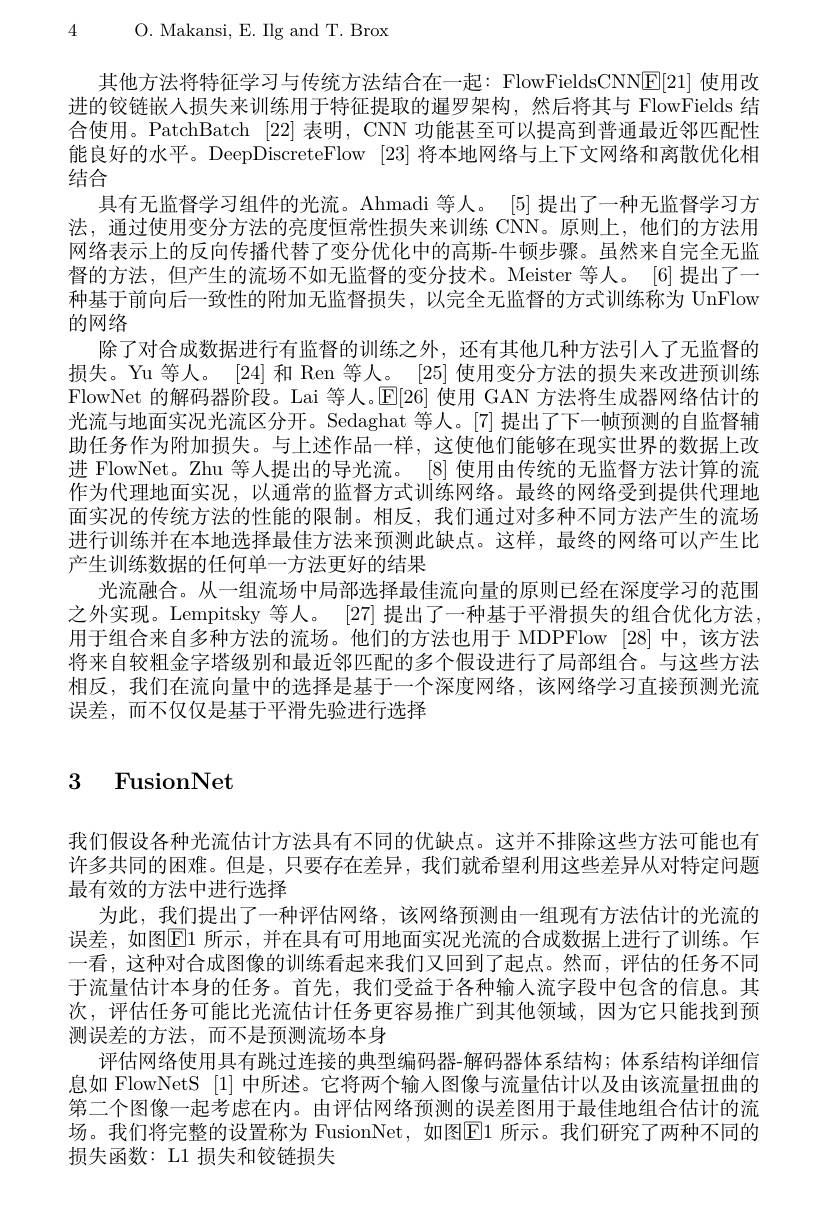
4 O. Makansi, E. Ilg and T. Brox

其他方法将特征学习与传统方法结合在一起：FlowFieldsCNNE[21] 使用改进的铰链嵌人损失来训练用于特征提取的暹罗架构，然后将其与 FlowFields 结合使用。PatchBatch [22] 表明，CNN 功能甚至可以提高到普通最近邻匹配性能良好的水平。DeepDiscreteFlow [23]将本地网络与上下文网络和离散优化相结合
具有无监督学习组件的光流。Ahmadi 等人。[5] 提出了一种无监督学习方法，通过使用变分方法的亮度恒常性损失来训练 CNN。原则上，他们的方法用网络表示上的反向传播代替了变分优化中的高斯-牛顿步骤。虽然来自完全无监督的方法，但产生的流场不如无监督的变分技术。Meister 等人。[6]提出了一种基于前向后一致性的附加无监督损失，以完全无监督的方式训练称为 UnFlow 的网络
除了对合成数据进行有监督的训练之外，还有其他几种方法引人了无监督的损失。Yu 等人。[24] 和 Ren 等人。[25] 使用变分方法的损失来改进预训练FlowNet 的解码器阶段。Lai 等人。E[26] 使用 GAN 方法将生成器网络估计的光流与地面实况光流区分开。Sedaghat 等人。[7] 提出了下一帧预测的自监督辅助任务作为附加损失。与上述作品一样，这使他们能够在现实世界的数据上改进 FlowNet。Zhu 等人提出的导光流。[8] 使用由传统的无监督方法计算的流作为代理地面实况，以通常的监督方式训练网络。最终的网络受到提供代理地面实况的传统方法的性能的限制。相反，我们通过对多种不同方法产生的流场进行训练并在本地选择最佳方法来预测此缺点。这样，最终的网络可以产生比产生训练数据的任何单一方法更好的结果
光流融合。从一组流场中局部选择最佳流向量的原则已经在深度学习的范围之外实现。Lempitsky 等人。[27]提出了一种基于平滑损失的组合优化方法用于组合来自多种方法的流场。他们的方法也用于 MDPFlow [28]中，该方法将来自较粗金字塔级别和最近邻匹配的多个假设进行了局部组合。与这些方法相反，我们在流向量中的选择是基于一个深度网络，该网络学习直接预测光流误差，而不仅仅是基于平滑先验进行选择

## 3 FusionNet

我们假设各种光流估计方法具有不同的优缺点。这并不排除这些方法可能也有许多共同的困难。但是，只要存在差异，我们就希望利用这些差异从对特定问题最有效的方法中进行选择
为此，我们提出了一种评估网络，该网络预测由一组现有方法估计的光流的误差，如图$\boxed{\mathrm{E}1\text{ 所示，并在具有可用地面实况光流的合成数据上进行了训练。乍}}$ 一看，这种对合成图像的训练看起来我们又回到了起点。然而，评估的任务不同于流量估计本身的任务。首先，我们受益于各种输人流字段中包含的信息。其次，评估任务可能比光流估计任务更容易推广到其他领域，因为它只能找到预测误差的方法，而不是预测流场本身
评估网络使用具有跳过连接的典型编码器-解码器体系结构；体系结构详细信息如 FlowNetS [1] 中所述。它将两个输入图像与流量估计以及由该流量扭曲的第二个图像一起考虑在内。由评估网络预测的误差图用于最佳地组合估计的流场。我们将完整的设置称为 FusionNet, 如图E1 所示。我们研究了两种不同的损失函数：L1 损失和铰链损失